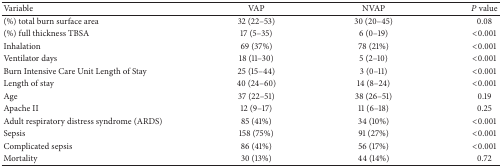
| Variable | VAP | NVAP | P value |
 | --- | --- | --- | --- |
 | (%) total burn surface area | 32 (22–53) | 30 (20–45) | 0.08 |
 | (%) full thickness TBSA | 17 (5–35) | 6 (0–19) | <0.001 |
 | Inhalation | 69 (37%) | 78 (21%) | <0.001 |
 | Ventilator days | 18 (11–30) | 5 (2–10) | <0.001 |
 | Burn Intensive Care Unit Length of Stay | 25 (15–44) | 3 (0–11) | <0.001 |
 | Length of stay | 40 (24–60) | 14 (8–24) | <0.001 |
 | Age | 37 (22–51) | 38 (26–51) | 0.19 |
 | Apache II | 12 (9–17) | 11 (6–18) | 0.25 |
 | Adult respiratory distress syndrome (ARDS) | 85 (41%) | 34 (10%) | <0.001 |
 | Sepsis | 158 (75%) | 91 (27%) | <0.001 |
 | Complicated sepsis | 86 (41%) | 56 (17%) | <0.001 |
 | Mortality | 30 (13%) | 44 (14%) | 0.72 |